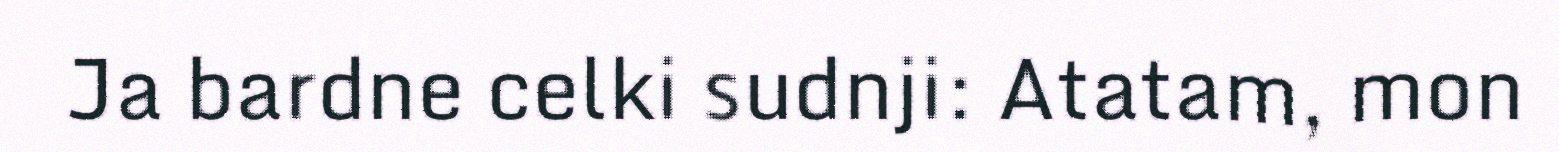
Ja bardne celki sudnji: Atatam, mon